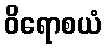
ဝိရောစယံ